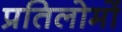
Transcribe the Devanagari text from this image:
प्रतिलोमों